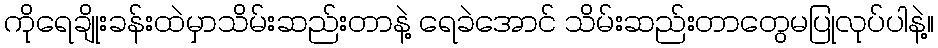
ကိုရေချိုးခန်းထဲမှာသိမ်းဆည်းတာနဲ့ ရေခဲအောင် သိမ်းဆည်းတာတွေမပြုလုပ်ပါနဲ့။